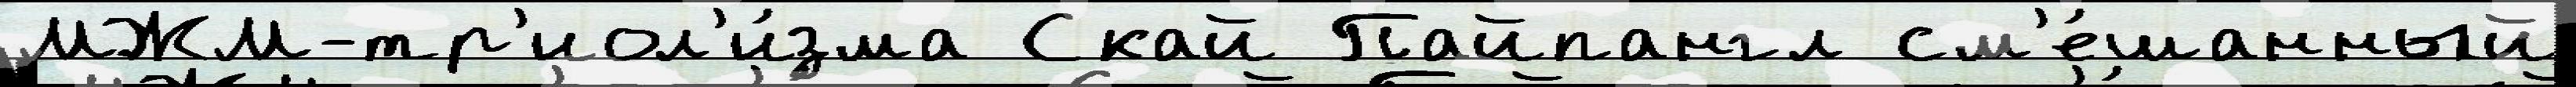
МЖМ-тр'иол'и́зма Скай Пайпангл см'е́шанный